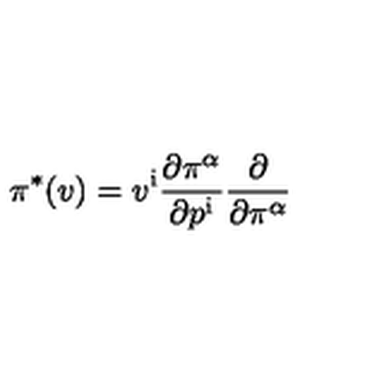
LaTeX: \pi ^ { * } ( v ) = v ^ { \mathrm { i } } { \frac { \partial \pi ^ { \alpha } } { \partial p ^ { \mathrm { i } } } } { \frac { \partial } { \partial \pi ^ { \alpha } } }